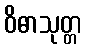
ဝိဓာသုတ္တ